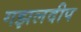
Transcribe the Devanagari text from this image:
गझलदीप